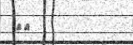
٧٦